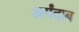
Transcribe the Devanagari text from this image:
अर्ग़ंदाब